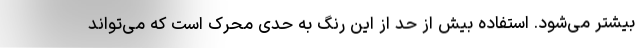
بیشتر می‌شود. استفاده بیش از حد از این رنگ به حدی محرک است که می‌تواند